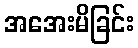
အအေးမိခြင်း